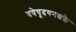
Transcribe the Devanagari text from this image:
वषेषूदयनश्चक्रे